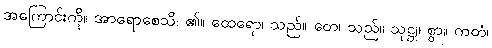
အကြောင်းကို။ အာရောစေသိ၊ ၏။ ထေရော၊ သည်။ တေ၊ သည်။ သုဋ္ဌု၊ စွာ။ ကတံ၊